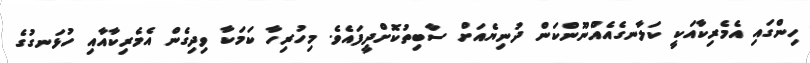
ހިންގައި އެމެރިކާއަކީ ކަލާނގެއެއްނޫންކަން ދުނިޔެއަށް ސާބިތުކޮށްދީފައެވެ. މިހުރިހާ ކަމަކާ ވިދިގެން އެމެރިކާއާއި ހުޅަނގުގެ